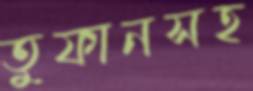
তুফানসহ